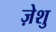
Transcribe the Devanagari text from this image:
ज़ेशु